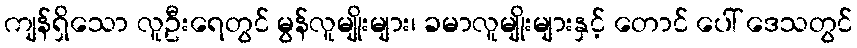
ကျန်ရှိသော လူဦးရေတွင် မွန်လူမျိုးများ၊ ခမာလူမျိုးများနှင့် တောင် ပေါ် ဒေသတွင်